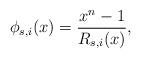
LaTeX: \begin{align*}\phi_{s,i}(x)=\frac{x^{n}-1}{R_{s,i}(x)}, \end{align*}